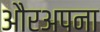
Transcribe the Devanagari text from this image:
औरअपना